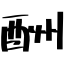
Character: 酬